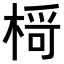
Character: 𪲾